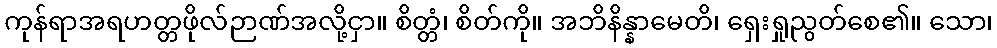
ကုန်ရာအရဟတ္တဖိုလ်ဉာဏ်အလို့ငှာ။ စိတ္တံ၊ စိတ်ကို။ အဘိနိန္နာမေတိ၊ ရှေးရှုညွတ်စေ၏။ သော၊